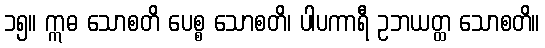
၁၅။ ဣဓ သောစတိ ပေစ္စ သောစတိ၊ ပါပကာရီ ဥဘယတ္ထ သောစတိ။